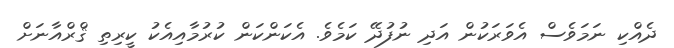
ދެއްކި ނަމަވެސް އެވަރަކުން އަދި ނުފުދޭ ކަމެވެ. އެކަންކަން ކުރުމާއިއެކު ކީރިތި ޤްރްއާނަށް